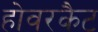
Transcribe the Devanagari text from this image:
होवरकैट